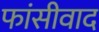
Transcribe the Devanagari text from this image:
फांसीवाद